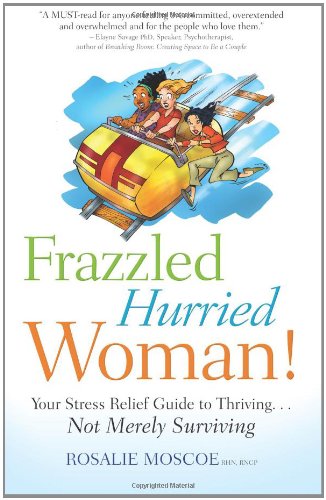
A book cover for Frazzled Hurried Woman: Your Stress Relief Guide to Thriving ... Not Merely Surviving; Rosalie Moscoe; Health, Fitness & Dieting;